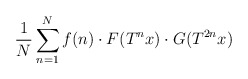
\begin{align*}\frac{1}{N}\sum_{n=1}^N f(n)\cdot F(T^nx)\cdot G(T^{2n}x)\end{align*}